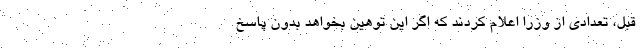
قبل، تعدادی از وزرا اعلام کردند که اگر این توهین بخواهد بدون پاسخ